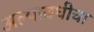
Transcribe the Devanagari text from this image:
अल्पावधीचा